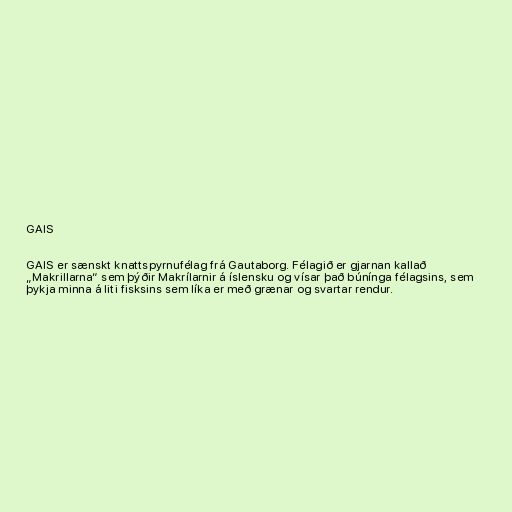
GAIS

GAIS er sænskt knattspyrnufélag frá Gautaborg. Félagið er gjarnan kallað
„Makrillarna“ sem þýðir Makrílarnir á íslensku og vísar það búnínga félagsins, sem
þykja minna á liti fisksins sem líka er með grænar og svartar rendur.